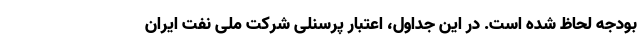
بودجه لحاظ شده است. در این جداول، اعتبار پرسنلی شرکت ملی نفت ایران